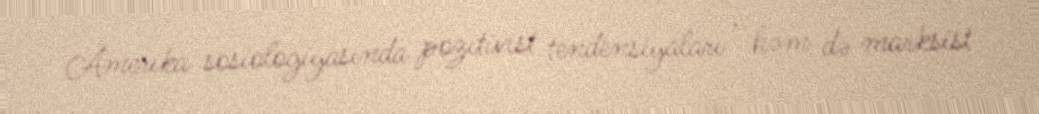
Amerika sosiologiyasında pozitivist tendensiyaları , həm də marksist